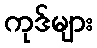
ကုဒ်များ